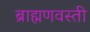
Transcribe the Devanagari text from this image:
ब्राह्मणवस्ती